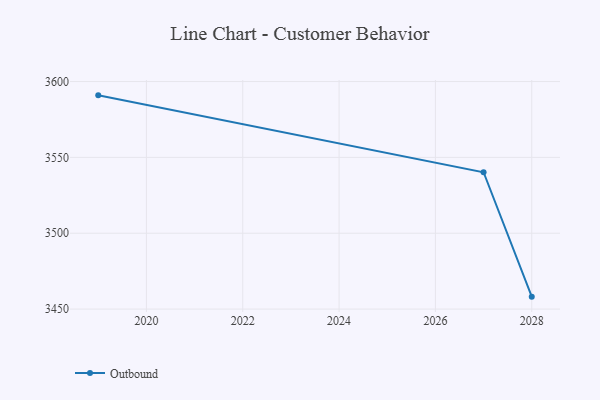
{"axis": {"x": "Year", "y": "Tickets Resolved"}, "legend": ["Outbound"], "data": [{"x": "2028", "y": 3458.2, "type": "Outbound"}, {"x": "2027", "y": 3540.2, "type": "Outbound"}, {"x": "2019", "y": 3590.9, "type": "Outbound"}]}